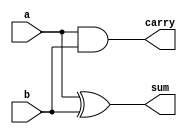
`ifndef ADDER
`define ADDER
`timescale 1ns/100ps

module HalfAdder(
	output wire carry, sum,
	input wire a, b
);
	xor (sum, a, b);
	and (carry, a, b);
endmodule

module FullAdder(
	output carry, sum,
	input a, b, c
);
	xor (sum, a, b, c);
	and (ab, a, b);
	and (bc, b, c);
	and (ca, c, a);
	or (carry, ab, bc, ca);
endmodule

module RCA4bit (
	output wire [3:0] ans,
	output wire cout,
	input wire [3:0] A, B,
	input wire cin
);
	wire [4:0] intermediate_carry;
	buf (intermediate_carry[0], cin);
	FullAdder f[3:0] (intermediate_carry[4:1], ans, A, B, intermediate_carry[3:0]);
	buf (cout, intermediate_carry[4]);
endmodule

module RCA8bit (
	output wire [7:0] ans,
	output wire cout,
	input wire [7:0] A, B,
	input wire cin
);
	wire [8:0] intermediate_carry;
	buf (intermediate_carry[0], cin);
	FullAdder f[7:0] (intermediate_carry[8:1], ans, A, B, intermediate_carry[7:0]);
	buf (cout, intermediate_carry[8]);
endmodule
`endif